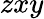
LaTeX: zxy